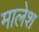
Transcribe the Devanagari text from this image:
मालेश